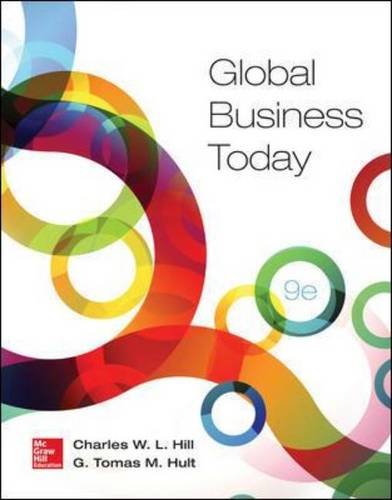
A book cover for Global Business Today, 9th Edition; Charles W. L. Hill; Business & Money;